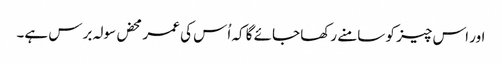
اور اس چیز کو سامنے رکھا جائے گا کہ اُس کی عمر محض سولہ برس ہے۔